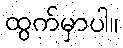
ထွက်မှာပါ။